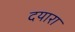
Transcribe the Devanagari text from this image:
दयारा